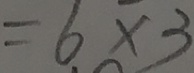
= 6 \times 3